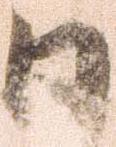
日